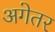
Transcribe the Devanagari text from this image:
अगेतर